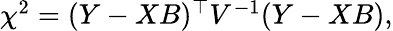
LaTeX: \begin{array}{r}{\chi^{2}=(Y-XB)^{\top}V^{-1}(Y-XB),}\end{array}